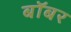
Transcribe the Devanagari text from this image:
बॉबर